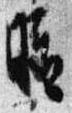
暗